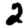
Digit: 2